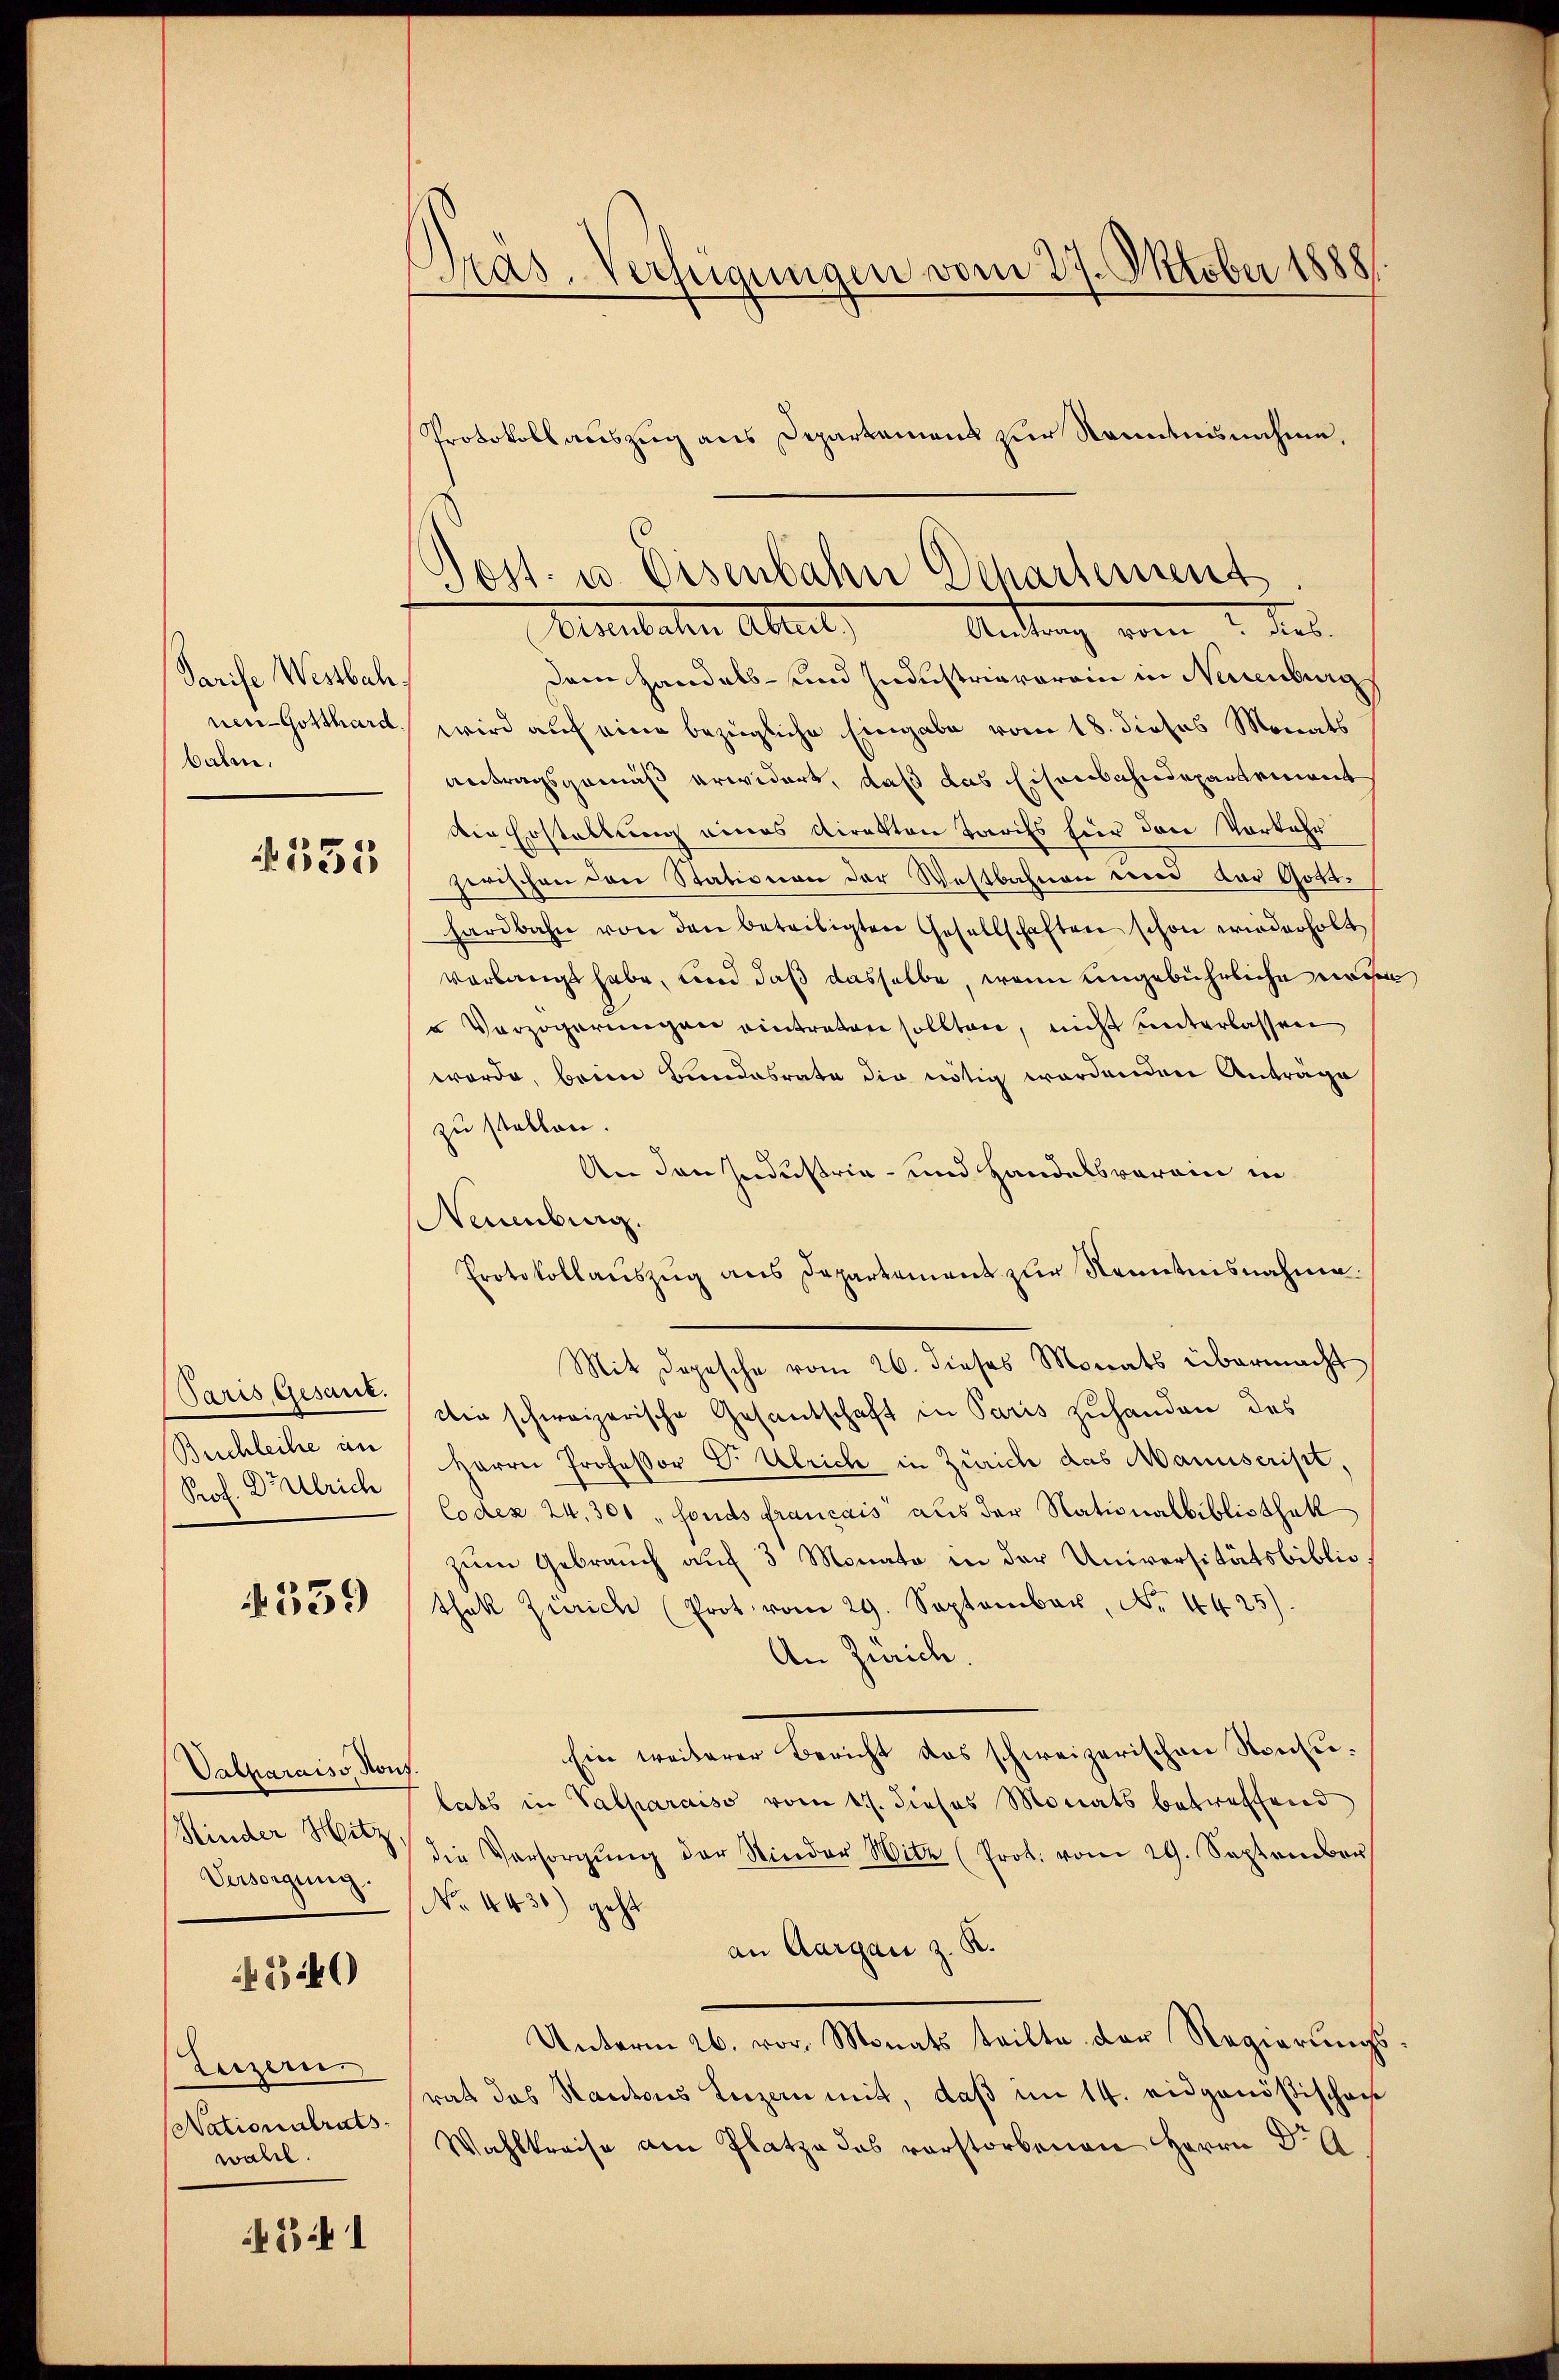
Parife Westbah
nen - Gotthard
balen,

351

Paris, Gesanz.
Buchleihe an
Prof. Brulrich

539

Valharaiss, von
Kinder Hitz
Versorgung.

530

Luzern.
Nationalrats
wahl.

45. 1

Pras. Verfügungen vom 27. Oktober 1888

Protokollauszug aus Departamens zur Kenntnisnahme.
dem Handels- und Industriavorein in Neuenburg
wird auf eine bezügliche Eingabe vom 18. dieses Monats
Antragsgemäß erwidert, daß das Eisenbahndepartement
Die Erstellung eines Direkton Tarifs hier den Vorkehr
zwischen den Stationen der Westbahnen wird der Gott.
hardbahn von den beteiligten Gesellschaften schon wiederholt
verlangt habe, und daß dasselbe, wenn eingebührliche nach
 Verzögerungen eintreten sollten, nicht unterlassen
werde, beim Bundesrate die nötig wordenden Antrage
zu stellen.
An den Industria - und Handelsverein in
Neuenburg.
Protokollanszŭg ans Departement zur Nenntnisnahme.
Mit dopesche vom 26. dieses Monats übermacht
Die schweizerische Gesandschaft in Paris zuhanden des
Herrn Professor Dr. Ulrich in Zürich das Manuscript,
Codex 24,300 " fonds francais aus der Nationalbibliothek
zum Gebrauch auf 3 Monate in der Universitätsbiblio
thak Zürich (Prot. vom 29. September, Nr. 4425)
An Zürich.
Ein weiterer Bericht das schweizerischen Konsulats in Valparaiss vom 17. dieses Monats betreffend
die Versorgŭng der Kinder Witt (Prot. vom 29. September
No. 4430) geht
an Aargau z. R.
Unterm 26. vor. Monats teilte der Regierungs
rat das Standeaus Luzern mit, daß im 14. eidgenößischei
Wahlkreise am Platze das vorstorbenen Herrn Dr. A

Post- u. Eisenbahn Departement
Annulaten Abreit,
Andung vom 2. Jes.